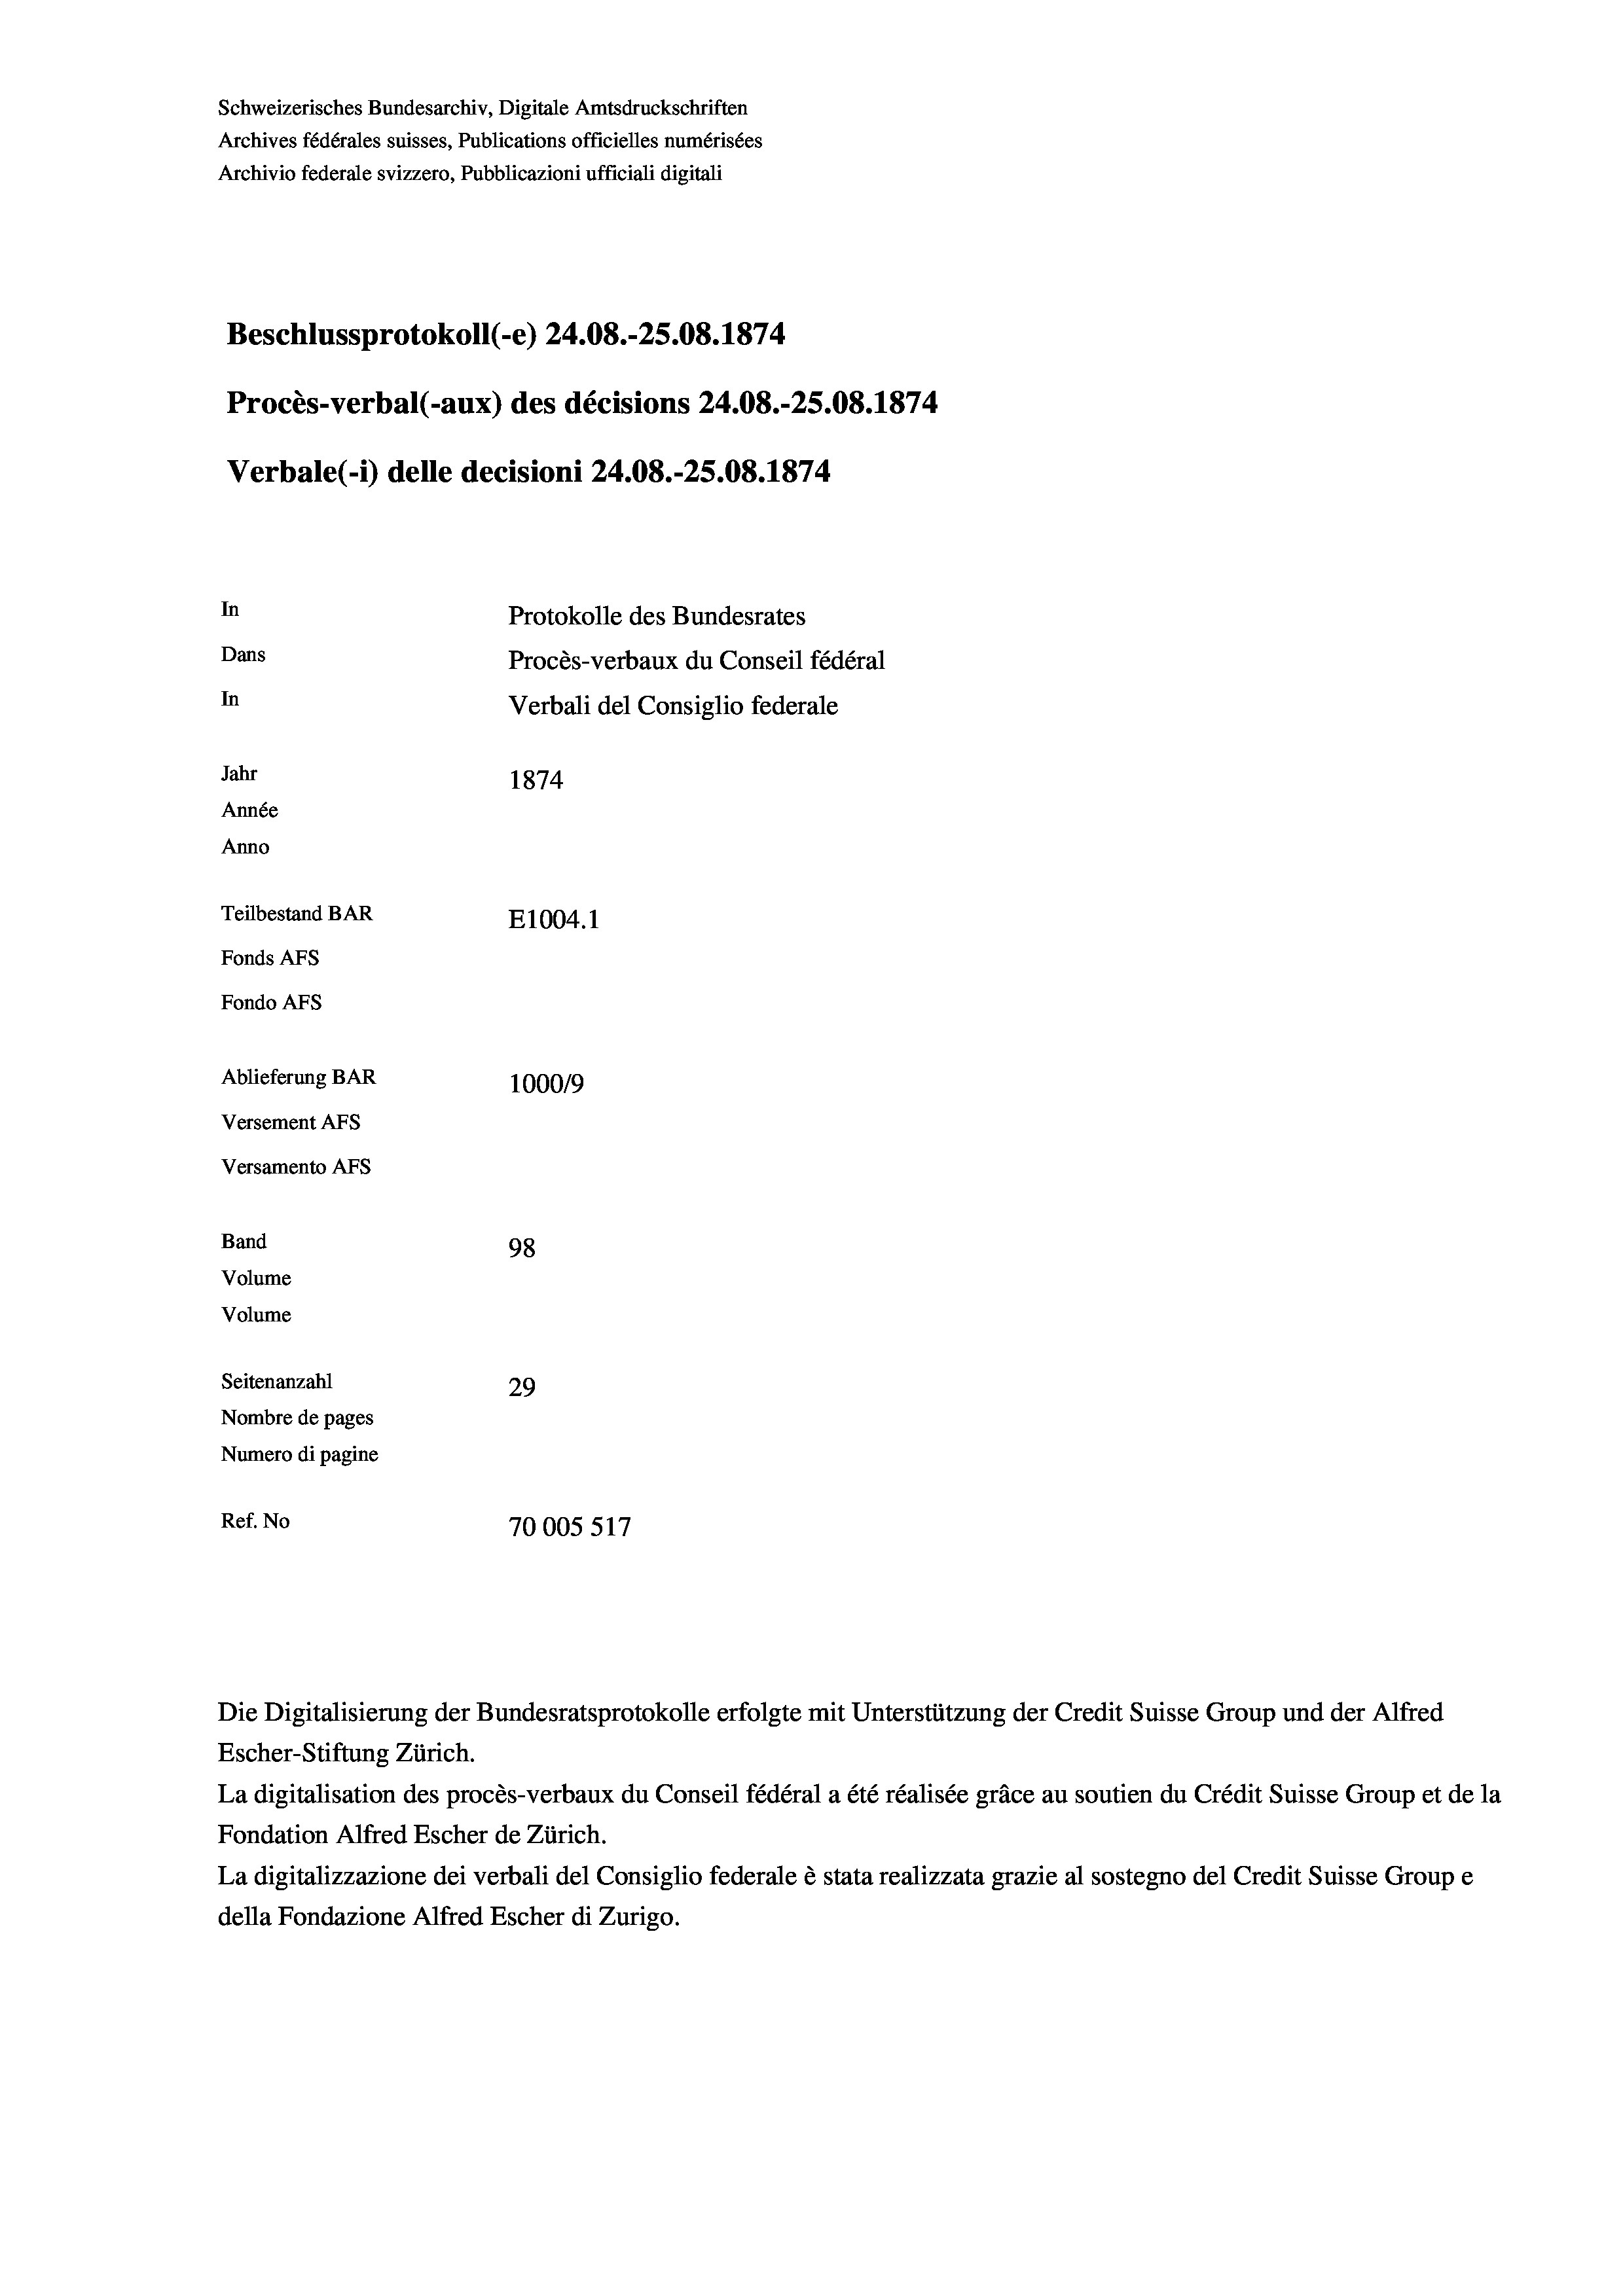
Schweizerisches Bundesarchiv, Digitale Amtsdruckschriften
Archives fédérales suisses, Publications officielles numérisées
Archivio federale svizzero, Pubblicazioni ufficiali digitali
Beschlussprotokoll (-e) 24.08.-25.08. 1874
Procès-verbal (-aux) des décisions 24.08.-25.08. 1874
Verbale (1) delle decisioni 24.08.-25.08. 1874.
In
Protokolle des Bundesrates
Dans
Procès-verbaux du Conseil fédéral
In
Verbali del Consiglio federale
Jahr
1874
Année
Anno
Teilbestand BAR
E1004. 1
Fonds AFs
Fondo AFS
Ablieferung BAR
100019
Versement AFs
Versamento Afs
Band
98
Volume
Volume
Seitenanzahl
29
Nombre de pages
Numero di pagine
Ref. No
70005 517

Escher-Stiftung Zürich.
La digitalisation des procès-verbaux du Conseil fédéral a été réalisée gräce au soutien du Crédit Suisse Group et de la
Fondation Alfred Escher de Zürich.
La digitalizzazione dei verbali del Consiglio federale è stata realizzata grazie al sostegno del Credit Suisse Groupe
della Fondazione Alfred Escher di Zurigo.

Die Digitalisierung der Bundesratsprotokolle erfolgte mit Unterstützung der Credit Suisse Group und der Alfred